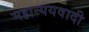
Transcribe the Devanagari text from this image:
महान्ययवादी